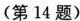
(第14题)